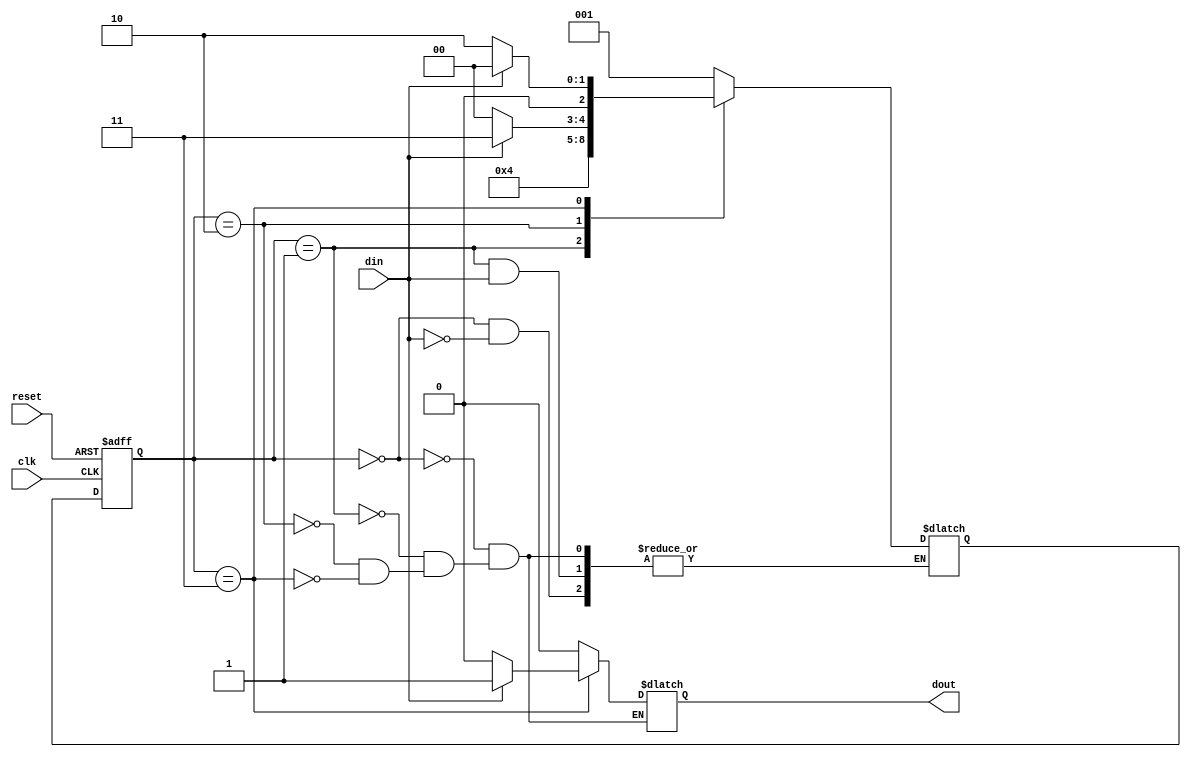
`timescale 1ns / 1ps
//////////////////////////////////////////////////////////////////////////////////
// Company: 
// Engineer: 
// 
// Design Name: 
// Module Name:    sd1011_mealy 
// Project Name: 
// Target Devices: 
// Tool versions: 
// Description: 
//
// Dependencies: 
//
// Revision: 
// Revision 0.01 - File Created
// Additional Comments: 
//
//////////////////////////////////////////////////////////////////////////////////
module sd1011_mealy(input  clk,
                   input reset,
                   input  din,
                   output reg  dout);


parameter  S0=2'b00,S1=2'b01, S2=2'b10,S3=2'b11; 

reg [2:0] current_state, next_state; // current state and next state
// sequential memory of the Moore FSM
always @(posedge clk, posedge reset)
begin
 if(reset==1) 
 current_state <= S0;// when reset=1, reset the state of the FSM to "Zero" State
 else
 current_state <= next_state; // otherwise, next state
end 

//  typedef enum logic [1:0] {S0, S1, S2, S3} state_t;
//  state_t state;

always @(current_state,din)
begin
 case(current_state) 
    
        S0: begin
          if(din) begin
          next_state <= S1;
            dout <=1'b0;
          end
          else
            dout <=1'b0;
        end
        S1: begin
          if(~din) begin
            next_state <= S2;
            dout <=1'b0;
          end
          else begin
            dout <=1'b0;
          end
        end
        S2: begin
          if(~din) begin
            next_state <= S0;
            dout <=1'b0;
          end
          else begin
           next_state <= S3;
            dout <=1'b0;
          end
        end
        S3: begin
          if(din) begin
           next_state <= S0;
            dout <=1'b1;
          end
          else begin
            next_state <= S2;
            dout <=1'b0;
          end
        end
      endcase
    end


endmodule